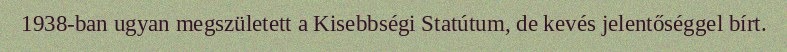
1938-ban ugyan megszületett a Kisebbségi Statútum, de kevés jelentőséggel bírt.